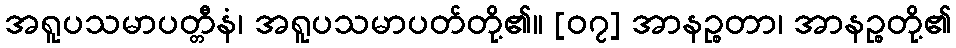
အရူပသမာပတ္တီနံ၊ အရူပသမာပတ်တို့၏။ [၀၇] အာနဉ္စတာ၊ အာနဉ္စတို့၏